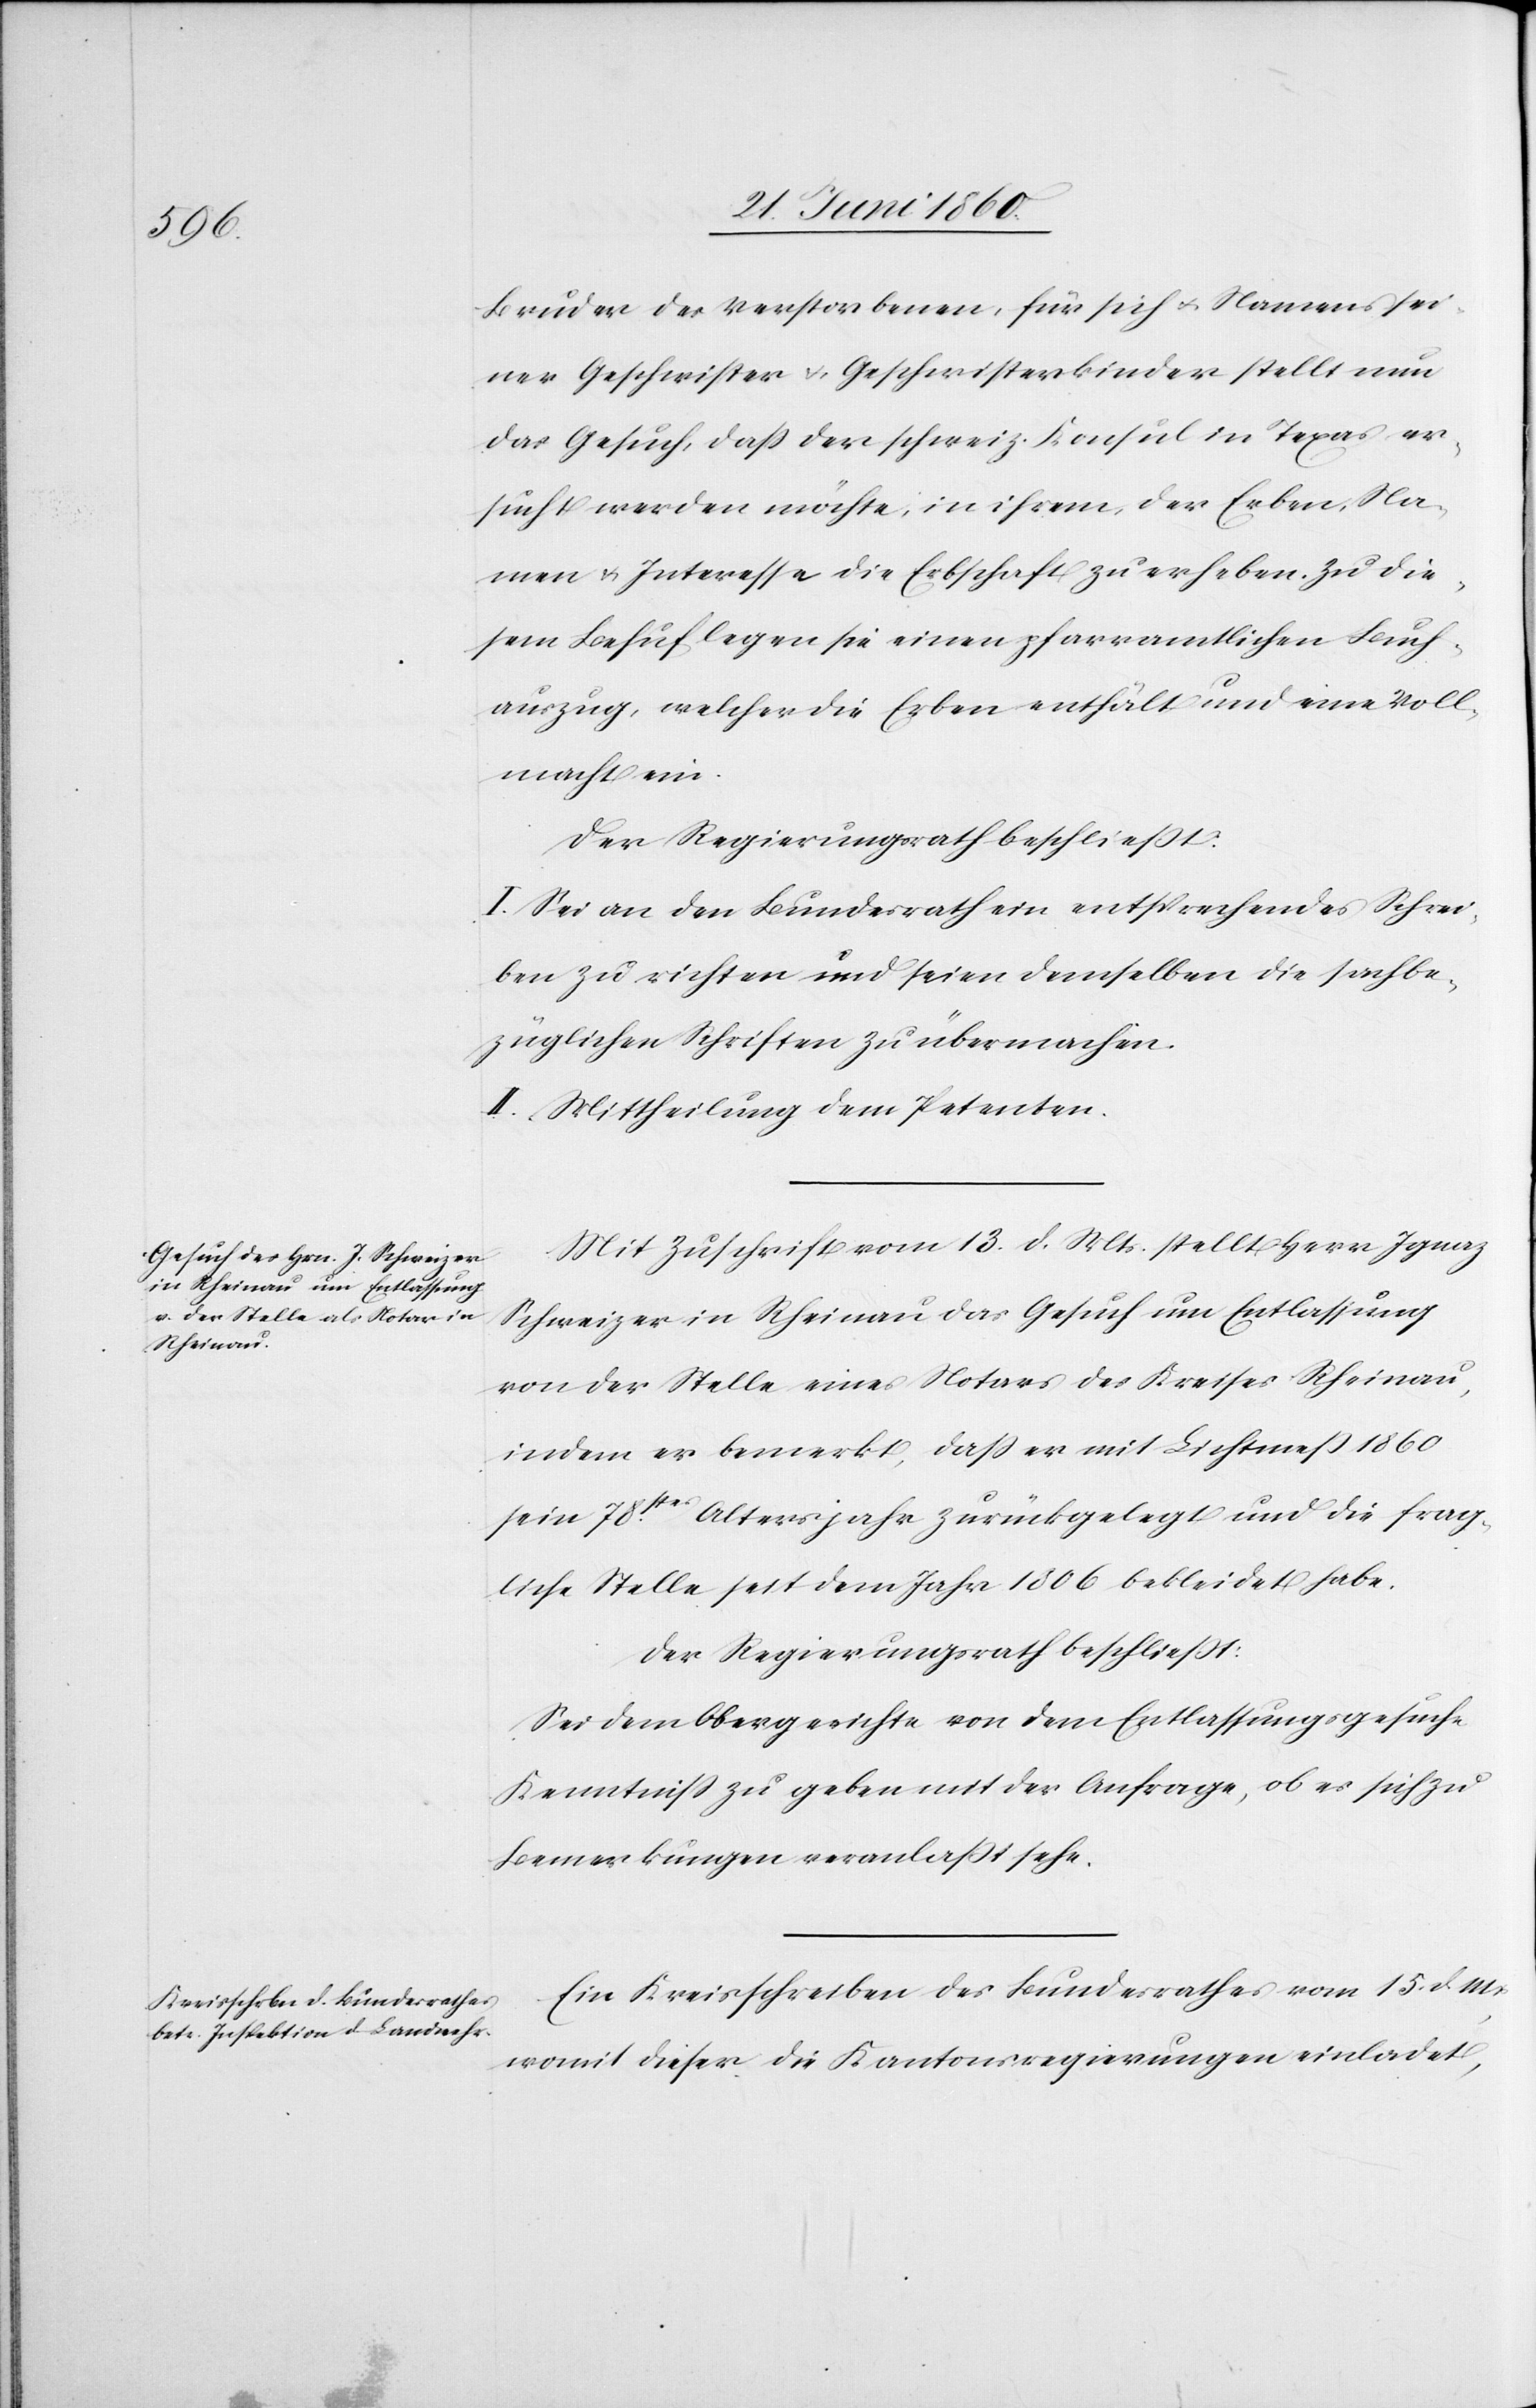
Bruder des Verstorbenen, für sich u. Namens sei¬
ner Geschwister u. Geschwisterkinder stellt nun
das Gesuch, dass der schweiz. Konsul in Texas er¬
sucht werden möchte, in ihrem, der Erben, Na¬
men u. Interesse die Erbschaft zu erheben. Zu die¬
sem Behuf legen sie einen pfarramtlichen Buch¬
auszug, welche die Erben enthält und eine Voll¬
macht ein.
Der Regierungsrath beschliesst:
I. Sei an den Bundesrath ein entsprechendes Schrei¬
ben zu richten und seien demselben die sachbe¬
züglichen Schriften zu übermachen.
II. Mittheilung dem Petenten.
Mit Zuschrift vom 13. d. Mts. stellt Herr Ignaz
Schweizer in Rheinau das Gesuch um Entlassung
von der Stelle eines Notars des Kreises Rheinau,
indem er bemerkt, dass er mit Lichtmeß 1860
sein 78stes Altersjahr zurückgelegt und die frag¬
liche Stelle seit dem Jahr 1806 bekleidet habe.
Der Regierungsrath beschliesst:
Sei dem Obergerichte von dem Entlassungsgesuche
Kenntniss zu geben mit der Anfrage, ob es sich zu
Bemerkungen veranlasst sehe.
Ein Kreisschreiben des Bundesrathes vom 15. d. M.
womit dieser in Kantonsregierungen einladet,